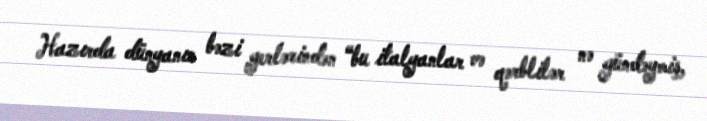
Hazırda dünyanın bəzi yerlərindən “bu italyanlar və qərblilər nə gündəymiş,